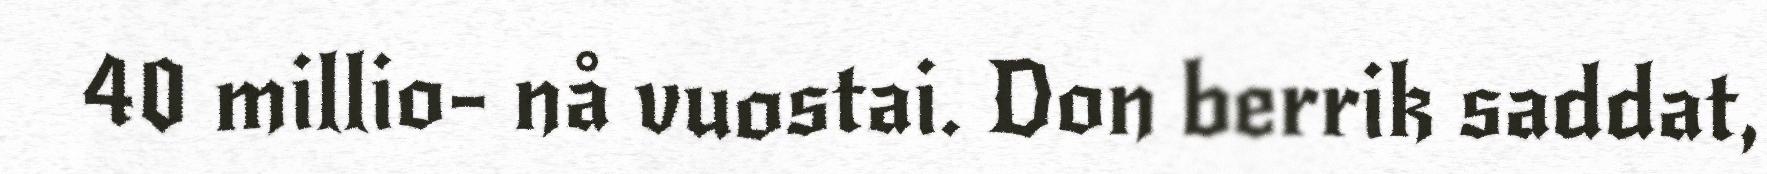
40 millio- nå vuostai. Don berrik saddat,